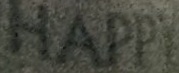
HAPPY